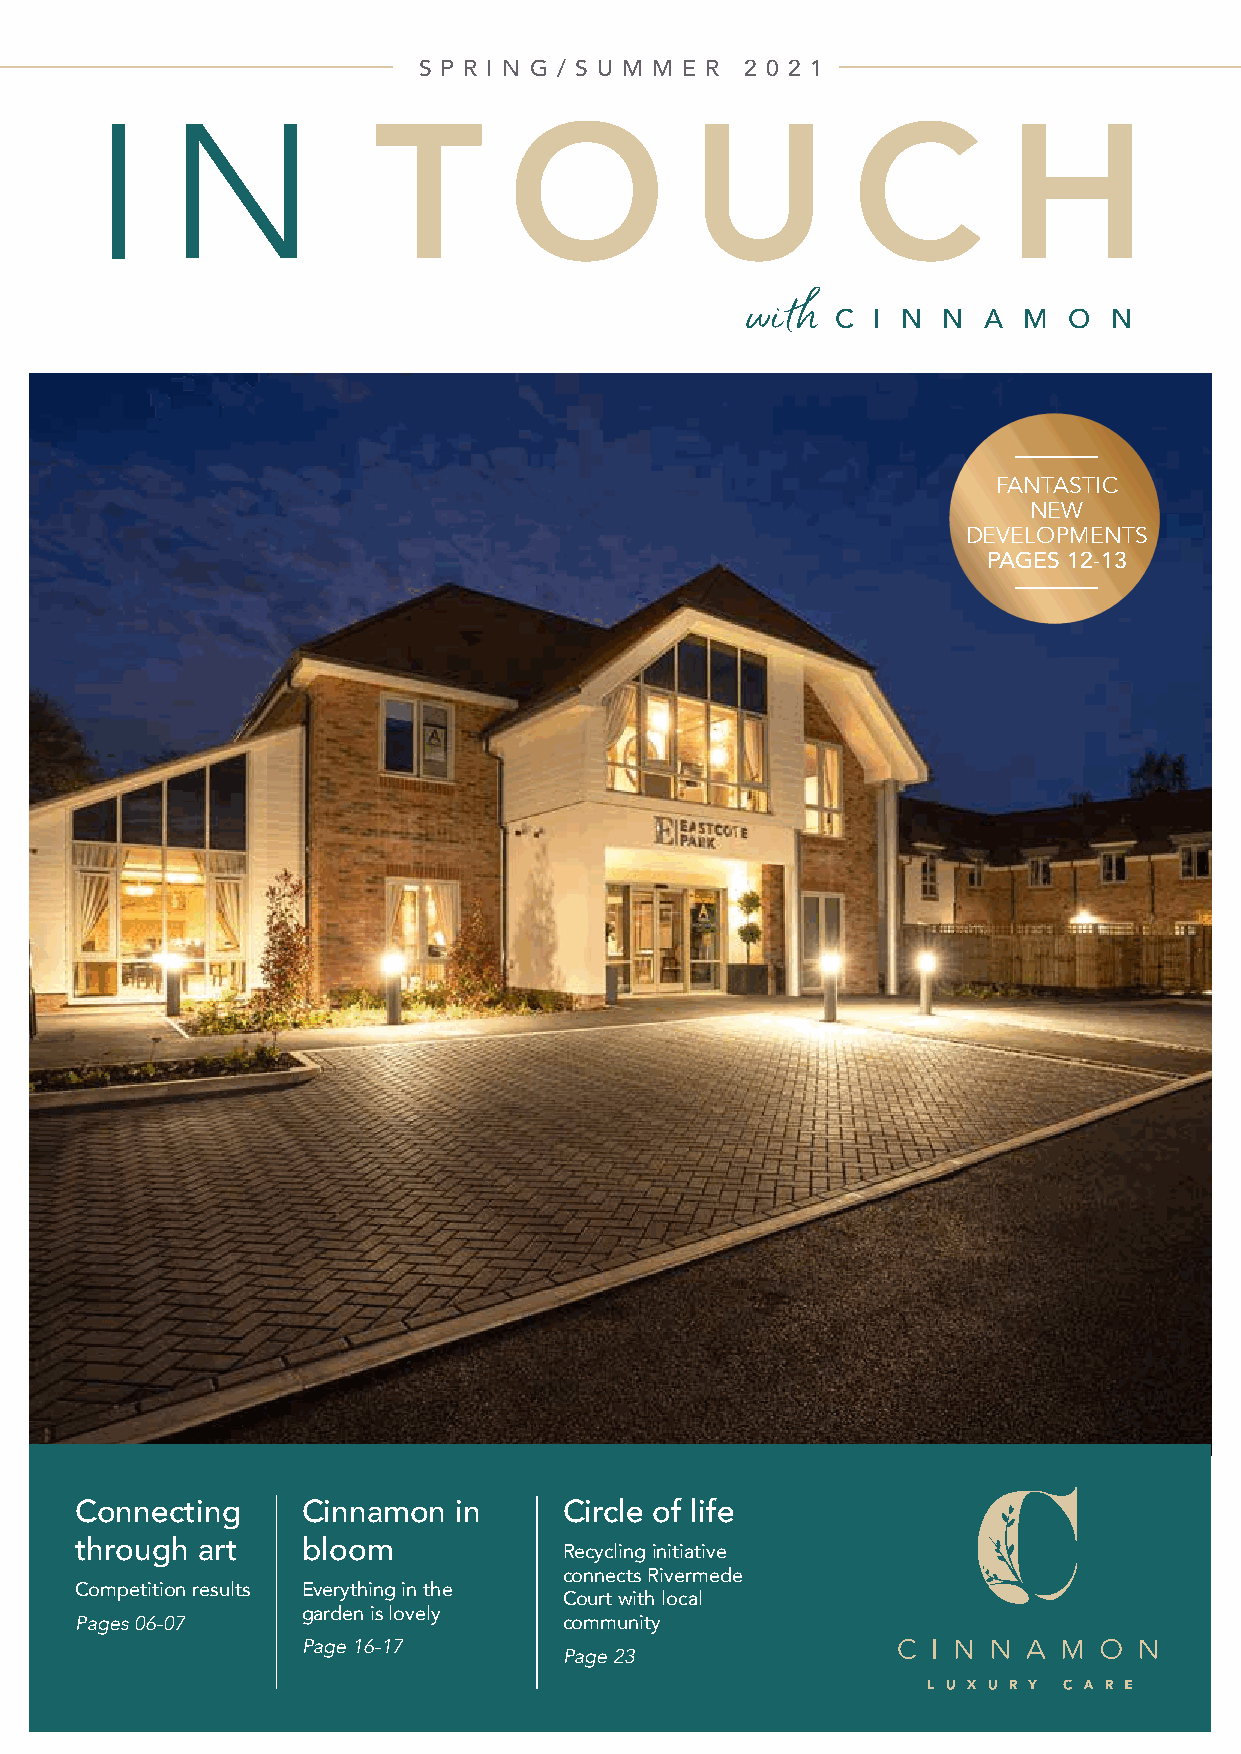
S P R I N G / S U M M E R 2 0 2 1
 I    N             T        O           U         C          H
 with  C  I N N  A  M  O  N
 FANTASTIC
 NEW
 DEVELOPMENTS
 PAGES 12-13
 Connecting     Cinnamon  in     Circle of life
 through art    bloom            Recycling initiative
 connects Rivermede
 Competition results Everything in the
 Court with local
 garden is lovely
 Pages 06-07                     community
 Page 16-17
 Page 23